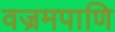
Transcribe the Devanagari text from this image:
वज्रमपाणि